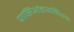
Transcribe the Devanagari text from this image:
प्रासिओडायमियम